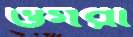
ওগরা